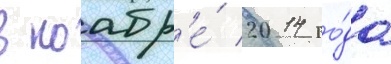
в ноабр'е́ 2014 го́да